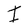
Character: I